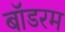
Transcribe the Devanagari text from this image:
बॉडरम